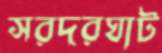
সরদরঘাট